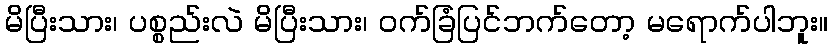
မိပြီးသား၊ ပစ္စည်းလဲ မိပြီးသား၊ ဝက်ခြံပြင်ဘက်တော့ မရောက်ပါဘူး။